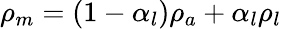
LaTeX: \rho_{m}=\left(1-\alpha_{l}\right)\rho_{a}+\alpha_{l}\rho_{l}